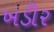
ખડીર